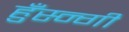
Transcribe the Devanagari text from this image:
हुँस्न्गी